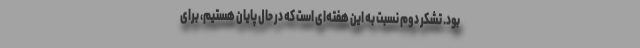
بود. تشکر دوم نسبت به این هفته‌ای است که در حال پایان هستیم، برای